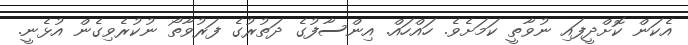
އެކަން ކޮށްދީފައި ނުވާތީ ކަމަށެވެ. ހައްހައް. އިންސާފުގެ ދަތުރުގެ ފަރުވާތޯ ނުކުރެވިގެން އުޅެނީ.